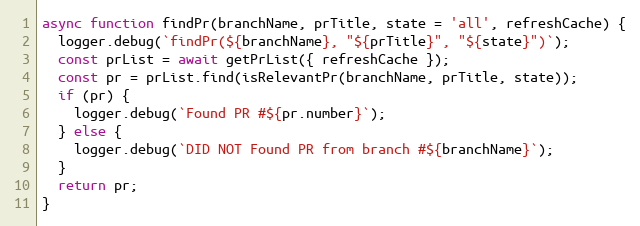
Language: JavaScript
async function findPr(branchName, prTitle, state = 'all', refreshCache) {
  logger.debug(`findPr(${branchName}, "${prTitle}", "${state}")`);
  const prList = await getPrList({ refreshCache });
  const pr = prList.find(isRelevantPr(branchName, prTitle, state));
  if (pr) {
    logger.debug(`Found PR #${pr.number}`);
  } else {
    logger.debug(`DID NOT Found PR from branch #${branchName}`);
  }
  return pr;
}